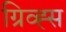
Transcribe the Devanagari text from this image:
ग्रिव्ह्स